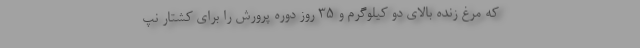
که مرغ زنده بالای دو کیلوگرم و ۳۵ روز دوره پرورش را برای کشتار نپ